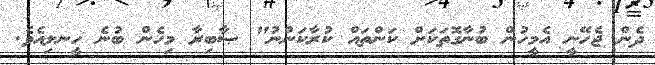
ދެން ޖެހޭނީ އެމީހުން ބުނާގޮތަކަށް ކަންތައް ކުރާކަންނު" ޞާބިރާ މިހެން ބުނެ ހީނލިއެވެ.